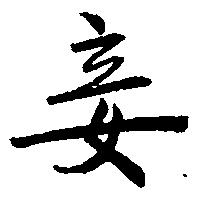
妾